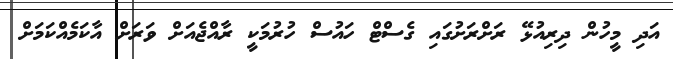
އަދި މީހުން ދިރިއުޅޭ ރަށްރަށުގައި ގެސްޓް ހައުސް ހުރުމަކީ ރާއްޖެއަށް ވަރަށް އާކަމެއްކަމަށް